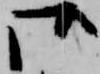
御